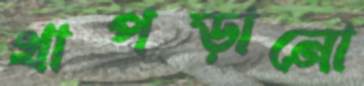
থাপড়ানো